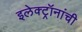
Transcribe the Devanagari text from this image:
इलेक्ट्रॉनांची